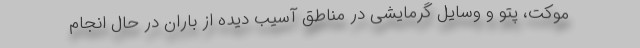
موکت، پتو و وسایل گرمایشی در مناطق آسیب دیده از باران در حال انجام